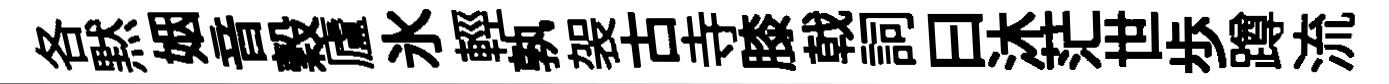
各黙姻音穀廬氷輕孰袈古寺膝戟詞曰沐茫世歩蹲流